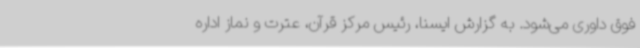
فوق داوری می‌شود. به گزارش ایسنا، رئیس مرکز قرآن، عترت و نماز اداره